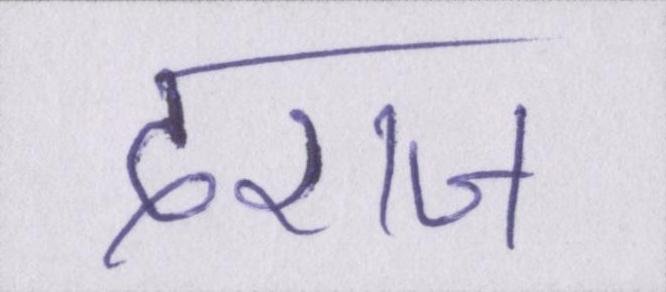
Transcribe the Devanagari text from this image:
दराज